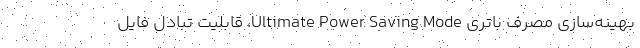
بهینه‌سازی مصرف باتری Ultimate Power Saving Mode، قابلیت تبادل فایل